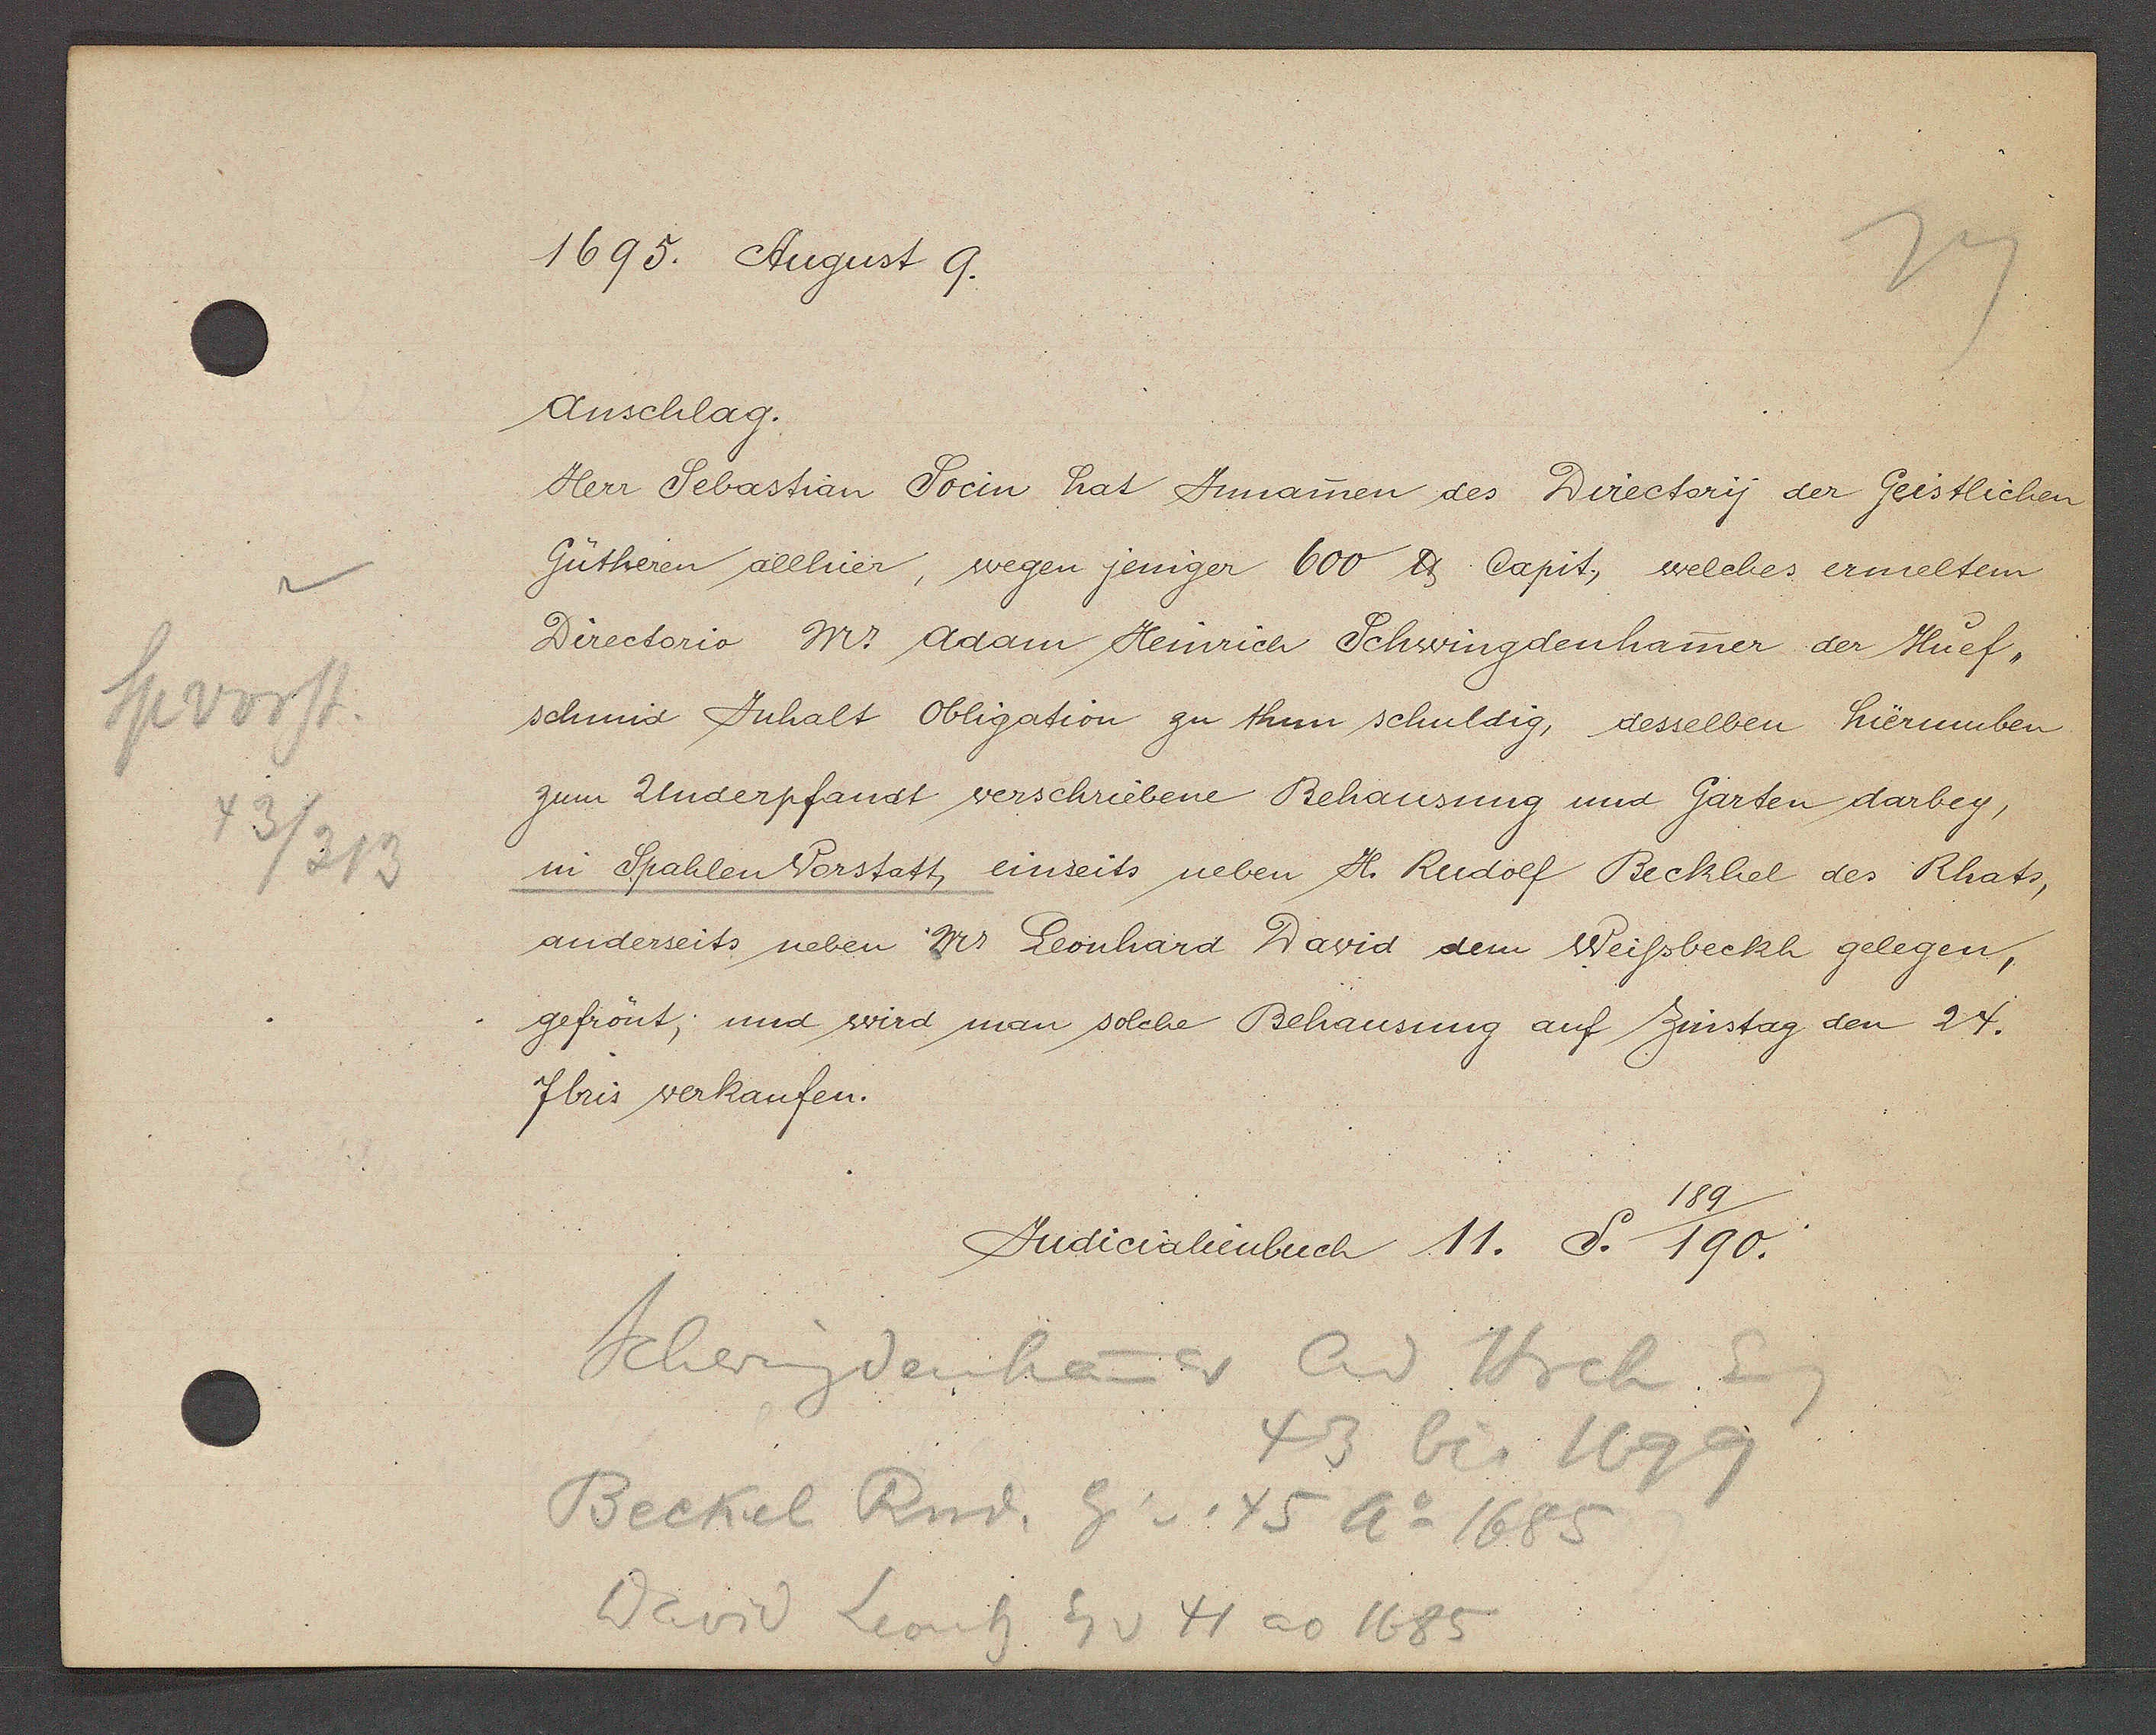
Transcript:
Spvorst.
43/313

1695. August 9.

Anschlag.
Herr Sebastian Socin hat Innamen des Directory der Geistlichen
Gütheren allhier, wegen jeniger 600 ℔ Capit, welches ermeltem
Directorio Mr Adam Heinrich Schwingdenhamer der Huef¬
schmid Inhalt Obligation zu thun schuldig, desselben hierumben
zum Underpfandt verschriebene Behausung und Garten darbey,
in Spahlen Vorstatt, einseits neben H. Rudolf Beckhel des Rhats,
anderseits neben Mr. Leonhard David dem Weissbeckh gelegen,
gefrönt, und wird man solche Behausung auf Zinstag den 24.
fbris verkaufen.

Judicialienbuch 11. S. 190.
189

Schwingdenhamer Ad Hrch Eig
43 bis 1699
Beckel Rud. Eig v. 45 Ao 1685
David Leonh Eg v 41 ao 1685